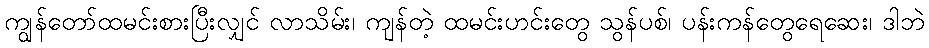
ကျွန်တော်ထမင်းစားပြီးလျှင် လာသိမ်း၊ ကျန်တဲ့ ထမင်းဟင်းတွေ သွန်ပစ်၊ ပန်းကန်တွေရေဆေး၊ ဒါဘဲ